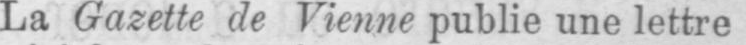
La Gazette de Vienne publie une lettre